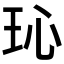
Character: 𪻒